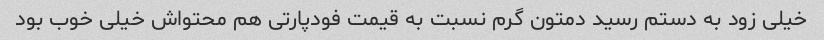
خیلی زود به دستم رسید دمتون گرم نسبت به قیمت فودپارتی هم محتواش خیلی خوب بود